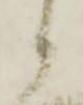
候